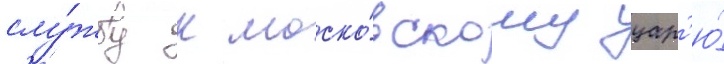
слу́жбу к моско́вскому цар'ю́